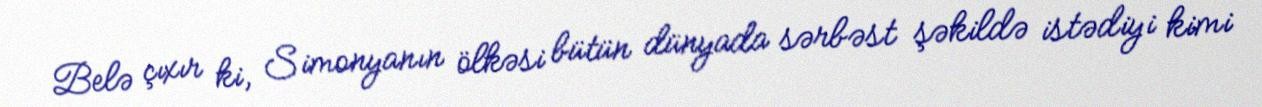
Belə çıxır ki, Simonyanın ölkəsi bütün dünyada sərbəst şəkildə istədiyi kimi